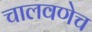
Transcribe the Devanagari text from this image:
चालवणेच